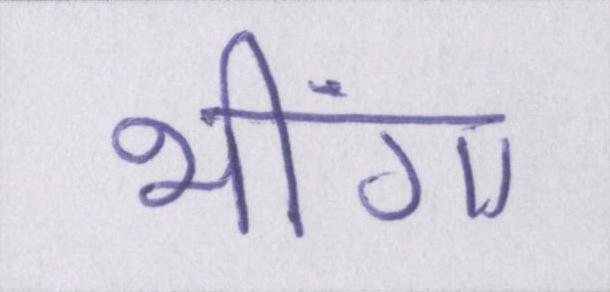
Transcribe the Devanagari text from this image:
भींगा